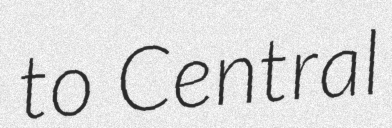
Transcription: to Central